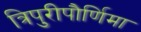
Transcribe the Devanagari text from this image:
त्रिपुरीपौर्णिमा